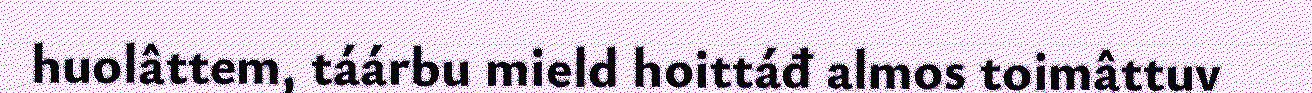
huolâttem, táárbu mield hoittáđ almos toimâttuv